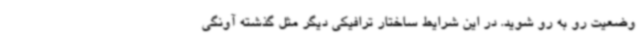
وضعیت رو به رو شوید. در این شرایط ساختار ترافیکی دیگر مثل گذشته آونگی